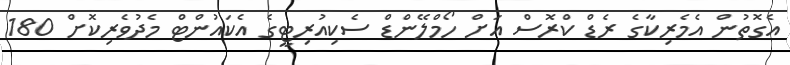
އެގޮތުން އެމެރިކާގެ ރެޑް ކްރޮސް އަށް ހޯމްލޭންޑް ސެކިއުރިޓީގެ އެކައުންޓް މެދުވެރިކޮށް 180